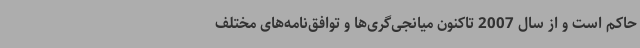
حاکم است و از سال 2007 تاکنون میانجی‌گری‌ها و توافق‌نامه‌های مختلف